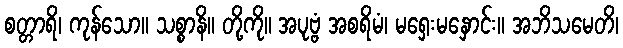
စတ္တာရိ၊ ကုန်သော။ သစ္စာနိ။ တို့ကို။ အပုဗ္ဗံ အစရိမံ၊ မရှေးမနှောင်း။ အဘိသမေတိ၊